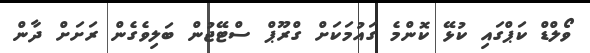
ވޯލްޑް ކަޕްގައި ކުޅޭ ކޮންމެ ގައުމަކަށް ގްރޫޕް ސްޓޭޖުން ބަލިވެގެން ރަށަށް ދާން